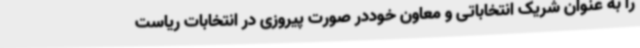
را به عنوان شریک انتخاباتی و معاون خوددر صورت پیروزی در انتخابات ریاست